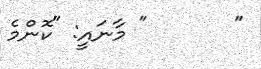
"       " މާނައީ: "ކޮންމެ